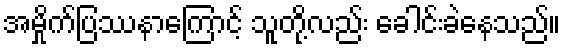
အမှိုက်ပြဿနာကြောင့် သူတို့လည်း ခေါင်းခဲနေသည်။